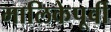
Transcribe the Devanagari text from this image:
मालिकेपूर्वी